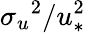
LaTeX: {\sigma_{u}}^{2}/u_{*}^{2}